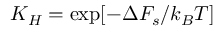
K _ { H } = \exp [ - \Delta F _ { s } / k _ { B } T ]